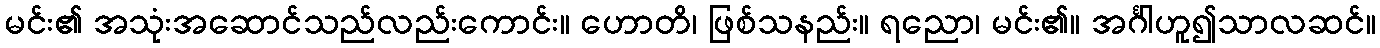
မင်း၏ အသုံးအဆောင်သည်လည်းကောင်း။ ဟောတိ၊ ဖြစ်သနည်း။ ရညော၊ မင်း၏။ အင်္ဂါဟူ၍သာလဆင်။